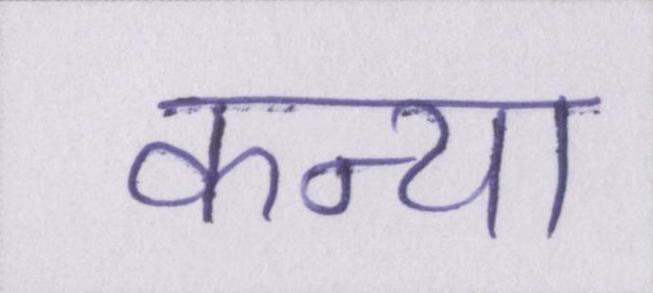
कन्या